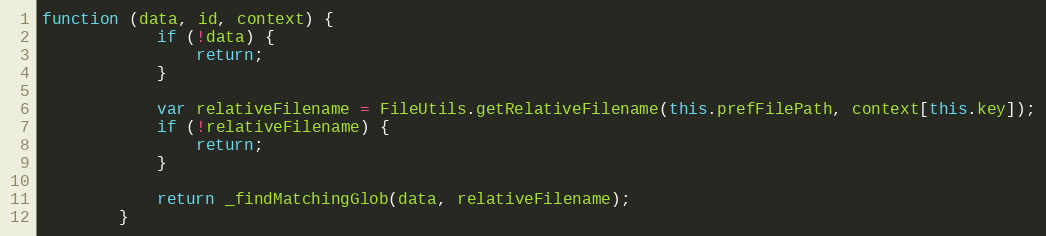
Language: JavaScript
function (data, id, context) {
            if (!data) {
                return;
            }

            var relativeFilename = FileUtils.getRelativeFilename(this.prefFilePath, context[this.key]);
            if (!relativeFilename) {
                return;
            }

            return _findMatchingGlob(data, relativeFilename);
        }